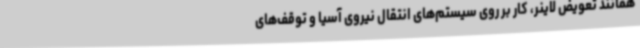
همانند تعویض لاینر، کار بر روی سیستم‌های انتقال نیروی آسیا و توقف‌های